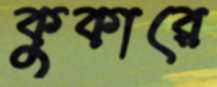
কুকারে